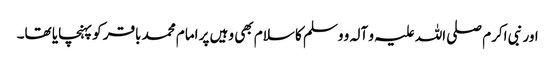
اور نبی اکرم صلی اللہ علیہ و آلہ و وسلم کا سلام بھی وہیں پر امام محمد باقر کو پہنچایا تھا۔